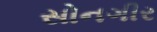
સોનગીર